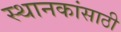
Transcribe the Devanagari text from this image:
स्थानकांसाठी